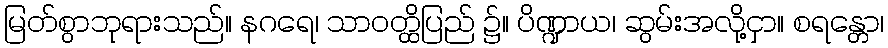
မြတ်စွာဘုရားသည်။ နဂရေ၊ သာဝတ္ထိပြည် ၌။ ပိဏ္ဍာယ၊ ဆွမ်းအလို့ငှာ။ စရန္တော၊